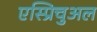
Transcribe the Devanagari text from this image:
एस्प्रिचुअल